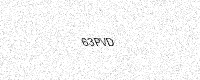
Text: 63PVD